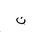
Letter: _non